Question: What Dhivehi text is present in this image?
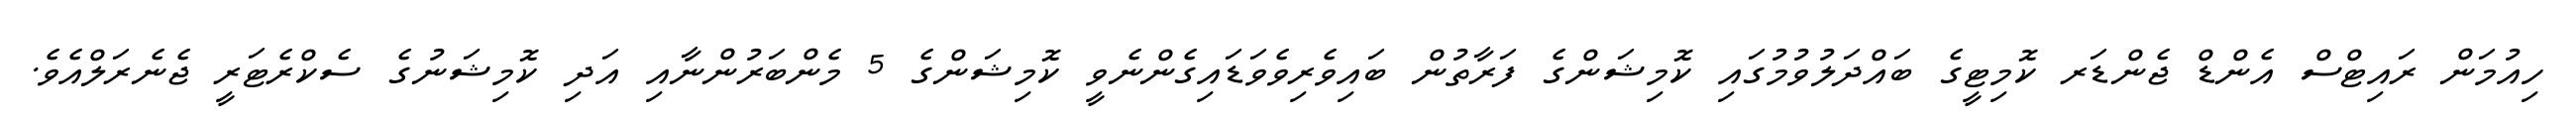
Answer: ހިއުމަން ރައިޓްސް އެންޑް ޖެންޑަރ ކޮމިޓީގެ ބައްދަލުވުމުގައި ކޮމިޝަންގެ ފަރާތުން ބައިވެރިވެވަޑައިގެންނެވީ ކޮމިޝަންގެ 5 މެންބަރުންނާއި އަދި ކޮމިޝަނުގެ ސެކްރެޓަރީ ޖެނެރަލްއެވެ.